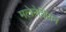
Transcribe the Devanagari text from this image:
मलेनेशियन